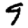
Digit: 9